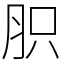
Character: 胑